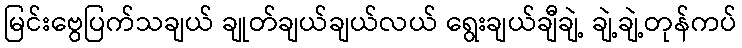
မြင်းဗွေပြက်သချယ် ချုတ်ချယ်ချယ်လယ် ရွေးချယ်ချီချဲ့ ချဲ့ချဲ့တုန်ကပ်